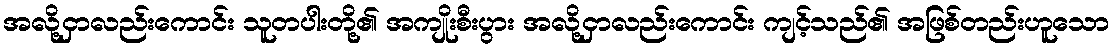
အလို့ငှာလည်းကောင်း သူတပါးတို့၏ အကျိုးစီးပွား အလို့ငှာလည်းကောင်း ကျင့်သည်၏ အဖြစ်တည်းဟူသော